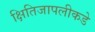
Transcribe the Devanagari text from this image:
क्षितिजापलीकडे